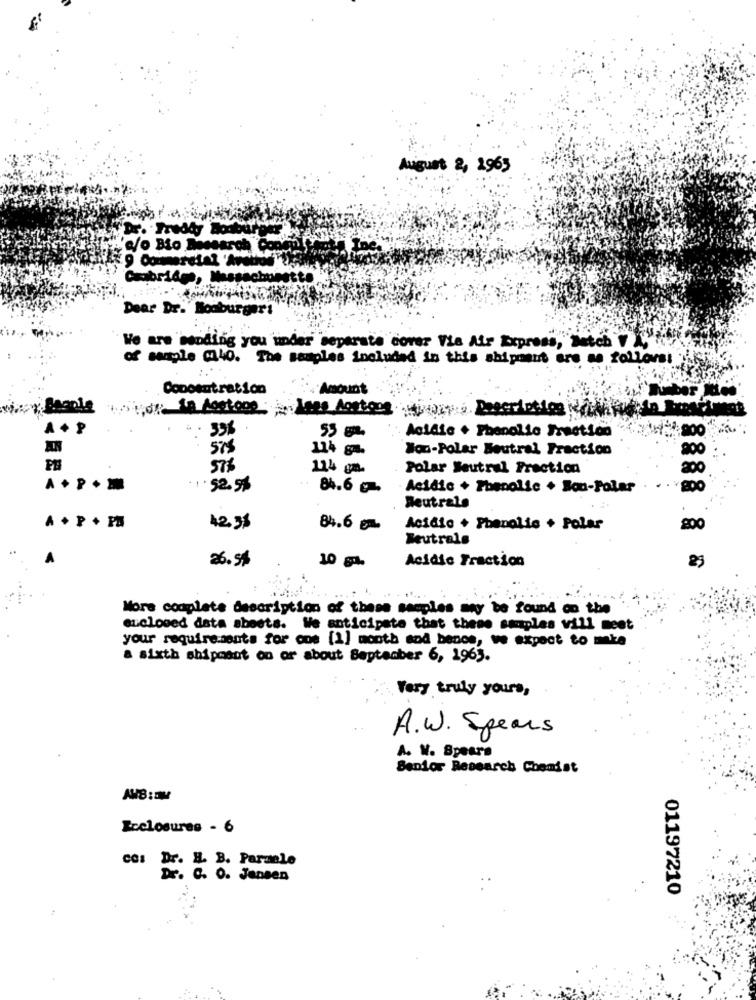
August 2, 2963
c/o Bio Beesarch Con
9 Commercial 'Av
Cambridge,
sachunett
Dear Dr.'Boob
We are sending you under separate cover Via Atr Express, Netch V
of sangle 40. The samples included in this shipment are as follows!
Concentration
Amount
Acidic + Phenolic Freetion
200
53 g
575
114 ga-
Won-Polar Beutral Fraction
200
114 cm
Polar Seutral Fraction
200
1.52.5%
84.6g
Acidic + Phenolic + Son-Polar
200
Neutrale
A . P + PS
42.51
84.6 en
Acidic + Phenolic + Polar
800
Seutrals
26.55
10
Acidic Fraction
More complete description of these samples any be found on the
euclosed data sheets. We anticipate that these samples vill meet
your requirements for one [1] month sod bence, we expect to make
a sixth shipment on or about September 6, 1963.
Very truly yours,
A. W. Spears
A. W. Spears
Senior Research Chemist
AWB:OM
Rcclosures - 6
cos Dr. H. B. Paraele
Dr. C. O. Jensen
01197210